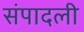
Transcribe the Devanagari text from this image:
संपादली